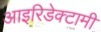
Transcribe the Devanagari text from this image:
आइरिडेक्टामी